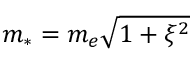
m _ { * } = m _ { e } \sqrt { 1 + \xi ^ { 2 } }